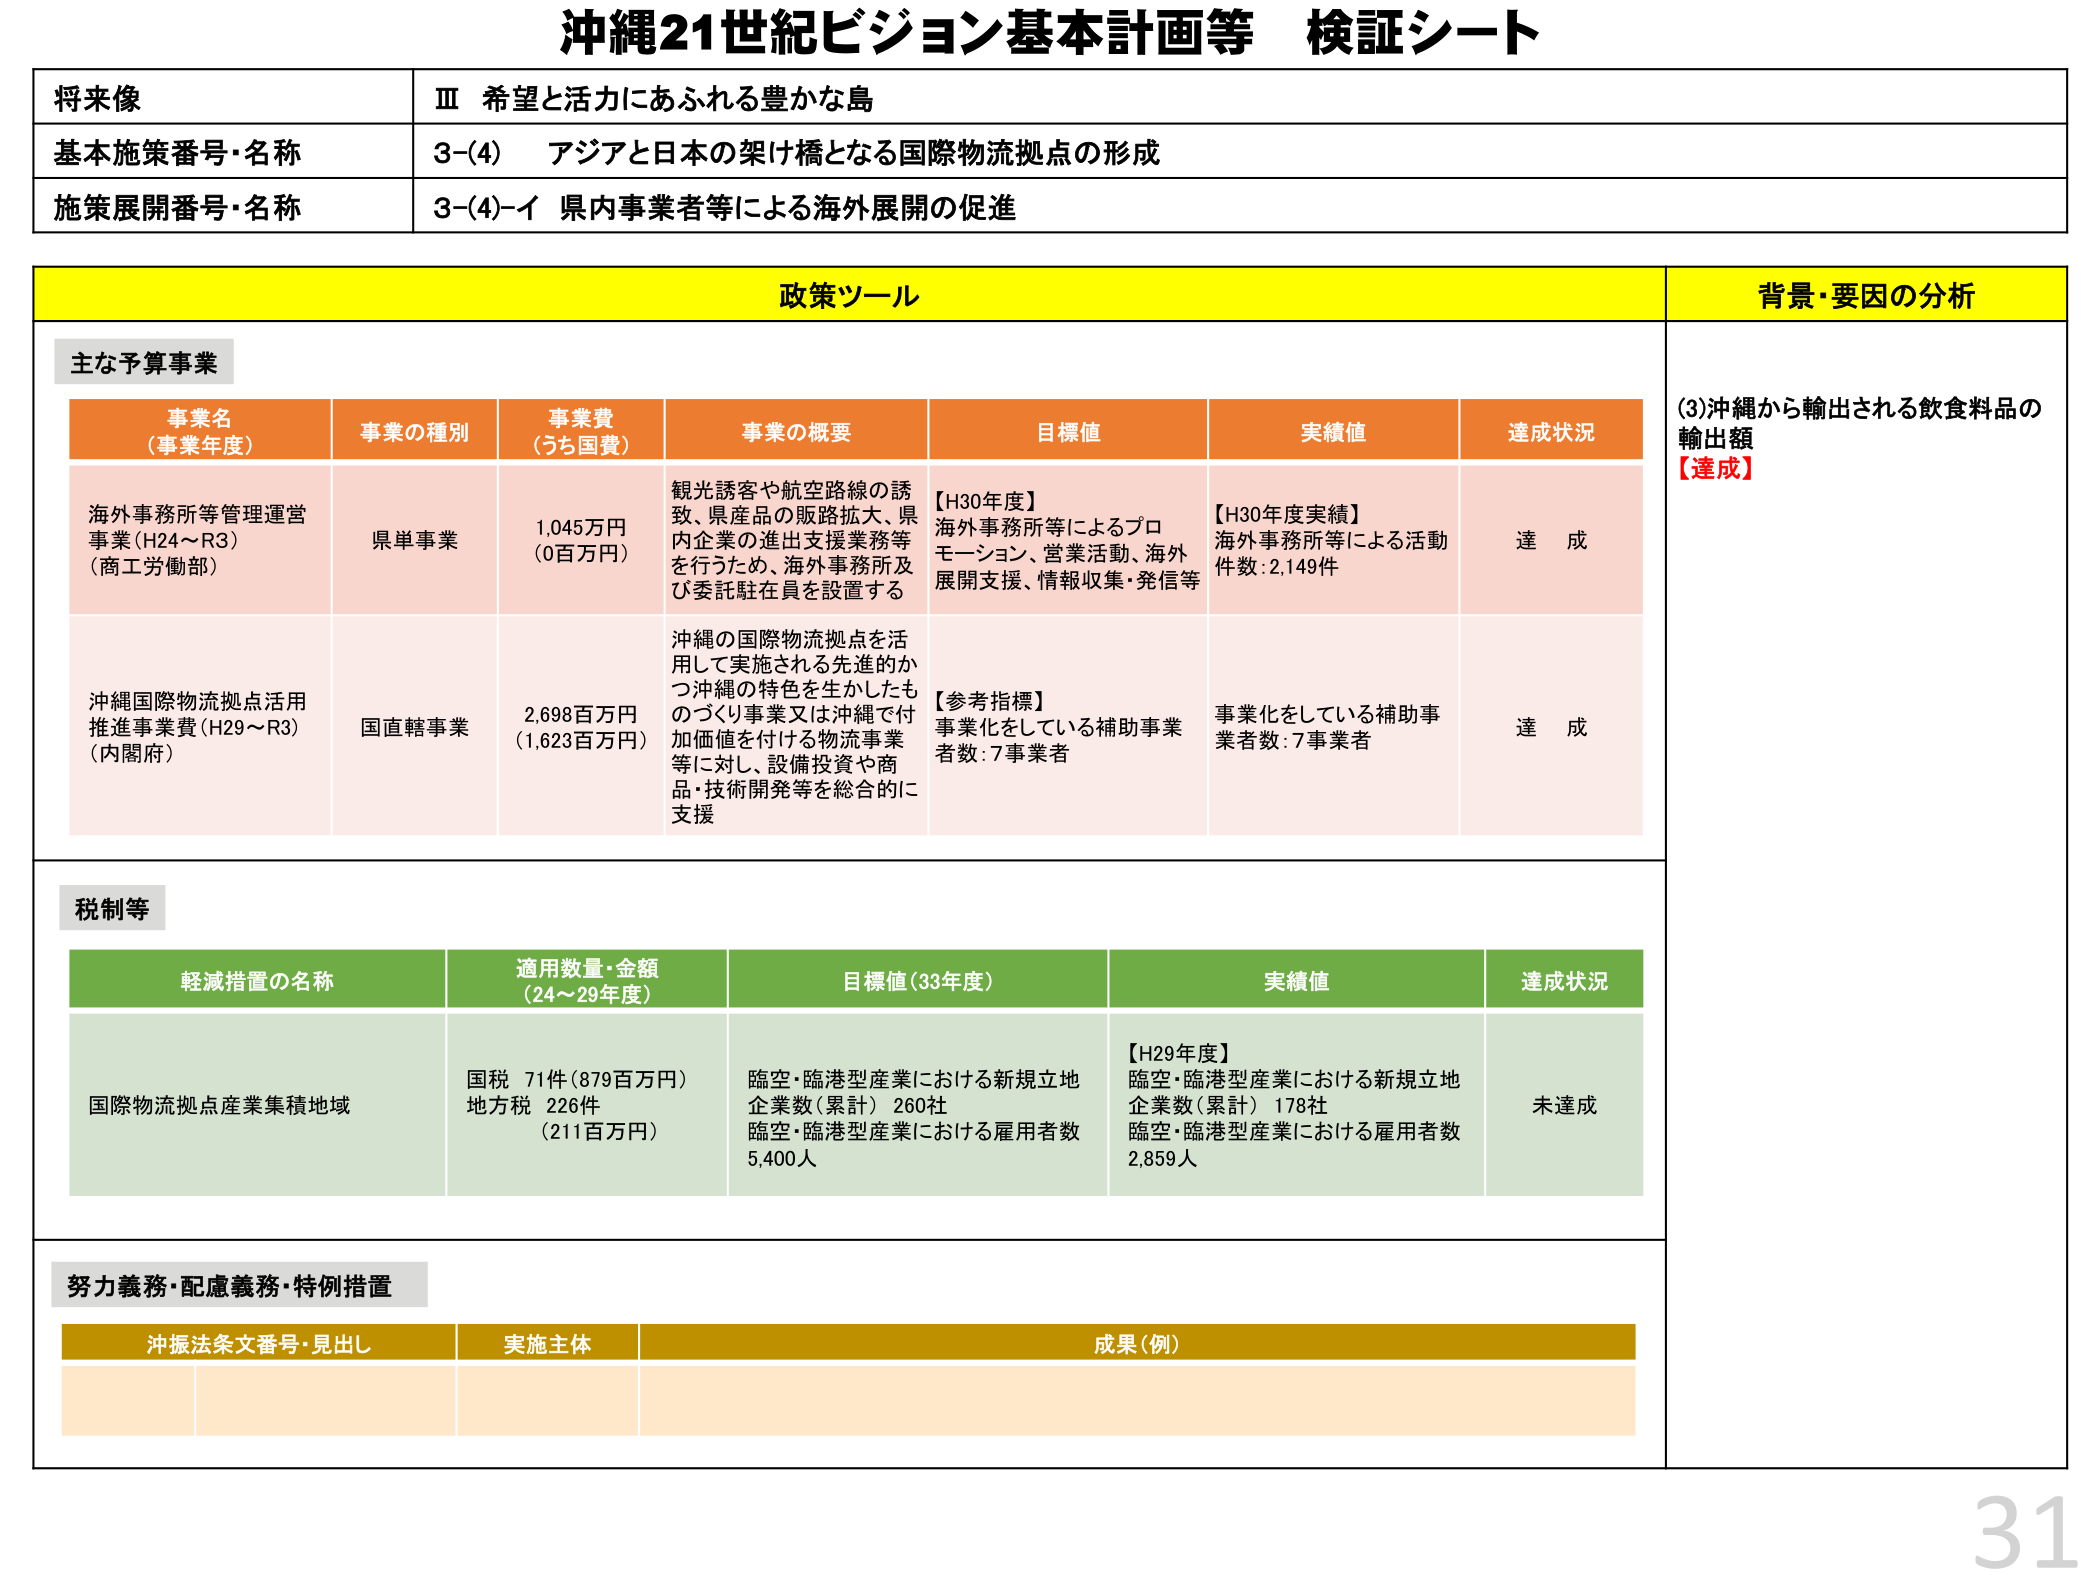
沖縄21世紀ビジョン基本計画等 検証シート

将来像
Ⅲ 希望と活力にあふれる豊かな島

基本施策番号・名称
3-(4) アジアと日本の架け橋となる国際物流拠点の形成

施策展開番号・名称
3-(4)-イ 県内事業者等による海外展開の促進

政策ツール
背景・要因の分析

主な予算事業

事業名（事業年度）
事業の種別
事業費（うち国費）
事業の概要
目標値
実績値
達成状況

海外事務所等管理運営事業（H24～R3）（商工労働部）
県単事業
1,045万円（0百万円）
観光誘客や航空路線の誘致、県産品の販路拡大、県内企業の進出支援業務等を行うため、海外事務所及び委託駐在員を設置する
【H30年度】海外事務所等によるプロモーション、営業活動、海外展開支援、情報収集・発信等
【H30年度実績】海外事務所等による活動件数：2,149件
達成

沖縄国際物流拠点活用推進事業費（H29～R3）（内閣府）
国直轄事業
2,698百万円（1,623百万円）
沖縄の国際物流拠点を活用して実施される先進的かつ沖縄の特色を生かしたものづくり事業又は沖縄で付加価値を付ける物流事業等に対し、設備投資や商品・技術開発等を総合的に支援
【参考指標】事業化をしている補助事業者数：7事業者
事業化をしている補助事業者数：7事業者
達成

税制等

軽減措置の名称
適用数量・金額（24～29年度）
目標値（33年度）
実績値
達成状況

国際物流拠点産業集積地域
国税 71件（879百万円）地方税 226件（211百万円）
臨空・臨港型産業における新規立地企業数（累計）260社
臨空・臨港型産業における雇用者数5,400人
【H29年度】臨空・臨港型産業における新規立地企業数（累計）178社
臨空・臨港型産業における雇用者数2,859人
未達成

努力義務・配慮義務・特例措置

沖振法条文番号・見出し
実施主体
成果（例）

(3)沖縄から輸出される飲食料品の輸出額
【達成】

31